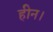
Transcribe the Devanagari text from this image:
हीन।